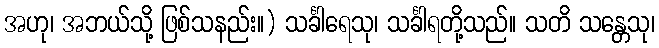
အဟု၊ အဘယ်သို့ ဖြစ်သနည်း။) သင်္ခါရေသု၊ သင်္ခါရတို့သည်။ သတိ သန္တေသု၊